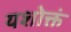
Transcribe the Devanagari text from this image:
यशोक्तं